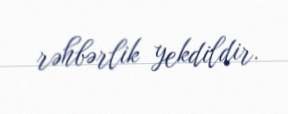
rəhbərlik yekdildir.